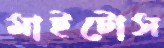
মাইটোস